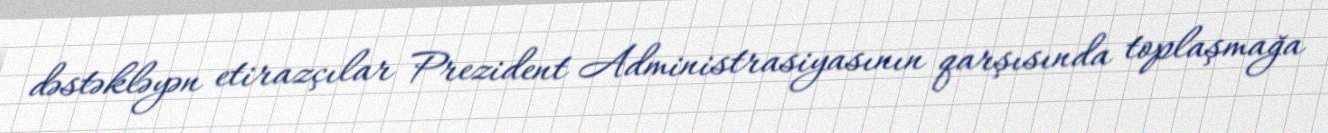
dəstəkləyən etirazçılar Prezident Administrasiyasının qarşısında toplaşmağa